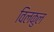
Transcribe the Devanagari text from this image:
विलकुल